Report of veterinary surgeon J.H. Steel, A.V.D., on his investigation into an obscure and fatal disease among transport mules in British Burma
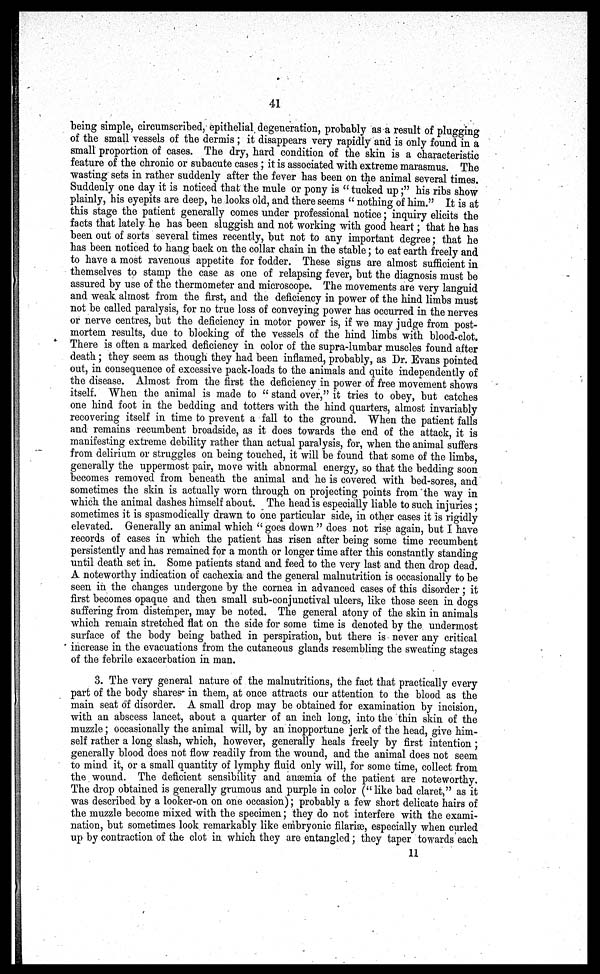
41
being simple, circumscribed, epithelial degeneration, probably as a result of plugging
of the small vessels of the dermis ; it disappears very rapidly and is only found in a
small proportion of cases. The dry, hard condition of the skin is a characteristic
feature of the chronic or subacute cases; it is associated with extreme marasmus. The
wasting sets in rather suddenly after the fever has been on the animal several times.
Suddenly one day it is noticed that the mule or pony is " tucked up;" his ribs show
plainly, his eyepits are deep, he looks old, and there seems " nothing of him." It is at
this stage the patient generally comes under professional notice; inquiry elicits the
facts that lately he has been sluggish and not working with good heart; that he has
been out of sorts several times recently, but not to any important degree; that he
has been noticed to hang back on the collar chain in the stable; to eat earth freely and
to have a most ravenous appetite for fodder. These signs are almost sufficient in
themselves to stamp the case as one of relapsing fever, but the diagnosis must be
assured by use of the thermometer and microscope. The movements are very languid
and weak almost from the first, and the deficiency in power of the hind limbs must
not be called paralysis, for no true loss of conveying power has occurred in the nerves
or nerve centres, but the deficiency in motor power is, if we may judge from post-
mortem results, due to blocking of the vessels of the hind limbs with blood-clot.
There is often a marked deficiency in color of the supra-lumbar muscles found after
death ; they seem as though they had been inflamed, probably, as Dr. Evans pointed
out, in consequence of excessive pack-loads to the animals and quite independently of
the disease. Almost from the first the deficiency in power of free movement shows
itself. When the animal is made to " stand over," it tries to obey, but catches
one hind foot in the bedding and totters with the hind quarters, almost invariably
recovering itself in time to prevent a fall to the ground. When the patient falls
and remains recumbent broadside, as it does towards the end of the attack, it is
manifesting extreme debility rather than actual paralysis, for, when the animal suffers
from delirium or struggles on being touched, it will be found that some of the limbs,
generally the uppermost pair, move with abnormal energy, so that the bedding soon
becomes removed from beneath the animal and he is covered with bed-sores, and
sometimes the skin is actually worn through on projecting points from the way in
which the animal dashes himself about. The head is especially liable to such injuries;
sometimes it is spasmodically drawn to one particular side, in other cases it is rigidly
elevated. Generally an animal which " goes down " does not rise again, but I have
records of cases in which the patient has risen after being some time recumbent
persistently and has remained for a month or longer time after this constantly standing
until death set in. Some patients stand and feed to the very last and then drop dead.
A noteworthy indication of cachexia and the general malnutrition is occasionally to be
seen in the changes undergone by the cornea in advanced cases of this disorder; it
first becomes opaque and then small sub-conjunctival ulcers, like those seen in dogs
suffering from distemper, may be noted. The general atony of the skin in animals
which remain stretched flat on the side for some time is denoted by the undermost
surface of the body being bathed in perspiration, but there is never any critical
increase in the evacuations from the cutaneous glands resembling the sweating stages
of the febrile exacerbation in man.
3. The very general nature of the malnutritions, the fact that practically every
part of the body shares in them, at once attracts our attention to the blood as the
main seat of disorder. A small drop may be obtained for examination by incision,
with an abscess lancet, about a quarter of an inch long, into the thin skin of the
muzzle; occasionally the animal will, by an inopportune jerk of the head, give him-
self rather a long slash, which, however, generally heals freely by first intention ;
generally blood does not flow readily from the wound, and the animal does not seem
to mind it, or a small quantity of lymphy fluid only will, for some time, collect from
the wound. The deficient sensibility and anaemia of the patient are noteworthy.
The drop obtained is generally grumous and purple in color ("like bad claret," as it
was described by a looker-on on one occasion); probably a few short delicate hairs of
the muzzle become mixed with the specimen; they do not interfere with the exami-
nation, but sometimes look remarkably like embryonic filariæ, especially when curled
up by contraction of the clot in which they are entangled; they taper towards each
11